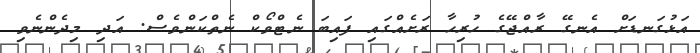
އަޅުގަނޑަށް އެނގޭ ރާއްޖޭގެ ހުރިހާ ރަށެއްގައި ފައިބަ ނެޓްވޯކް ނެތްކަންވެސް. އަދި މިދެންނެވި